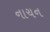
નાચન